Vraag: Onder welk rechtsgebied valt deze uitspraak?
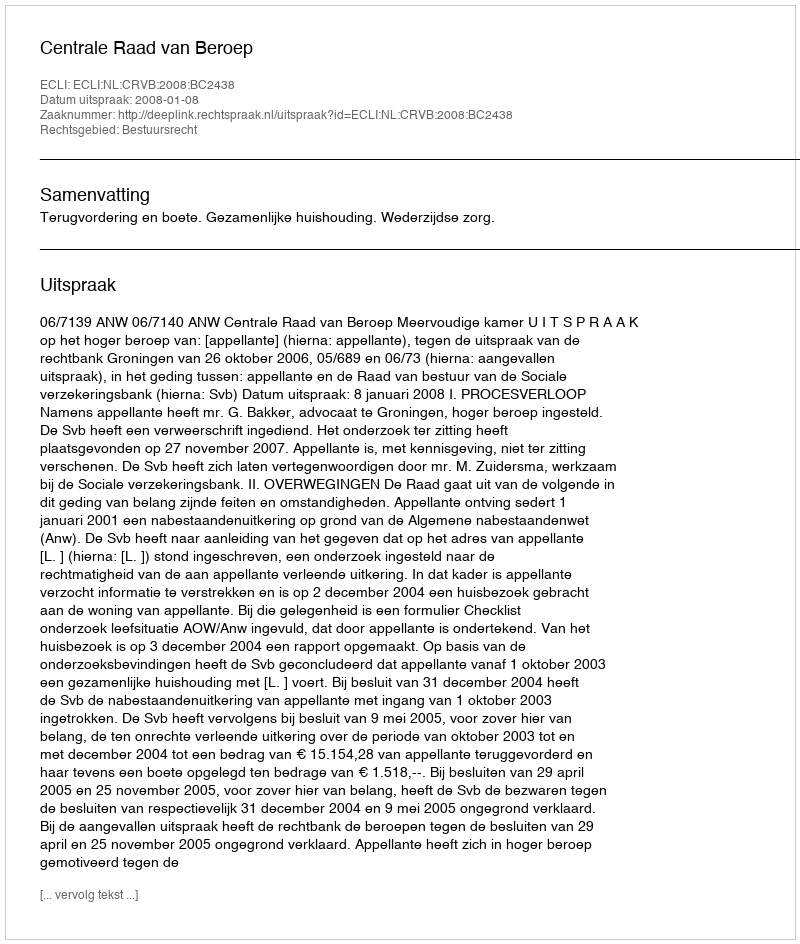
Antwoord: Bestuursrecht